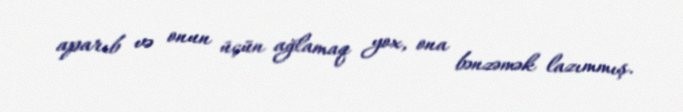
aparıb və onun üçün ağlamaq yox, ona bənzəmək lazımmış.